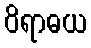
ဝိရာဓယ